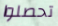
تحصلوا